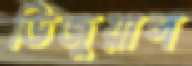
ভিজুয়াল